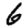
Digit: 6